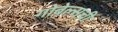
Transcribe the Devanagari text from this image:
गोबेल्सची